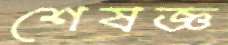
শেষজ্ঞ